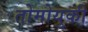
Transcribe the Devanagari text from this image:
तोमोयुकी